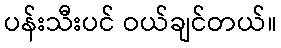
ပန်းသီးပင် ဝယ်ချင်တယ်။